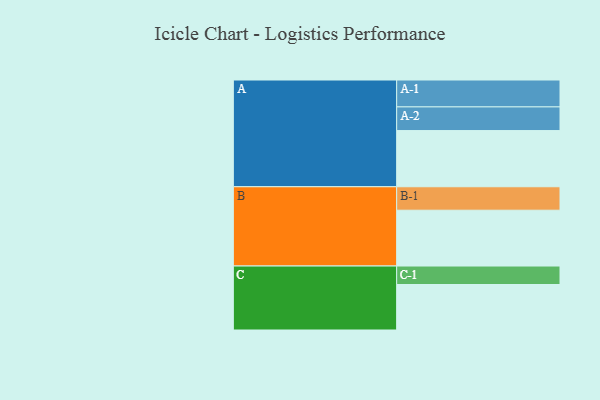
{"axis": {"x": "Segment", "y": "Value"}, "legend": ["", "A", "B", "C"], "data": [{"x": "A", "y": 474, "type": ""}, {"x": "B", "y": 471, "type": ""}, {"x": "C", "y": 384, "type": ""}, {"x": "A-1", "y": 227, "type": "A"}, {"x": "A-2", "y": 200, "type": "A"}, {"x": "B-1", "y": 198, "type": "B"}, {"x": "C-1", "y": 156, "type": "C"}]}